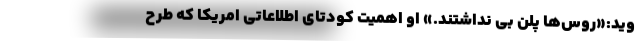
وید:«روس‌ها پلن بی نداشتند.» او اهمیت کودتای اطلاعاتی امریکا که طرح